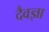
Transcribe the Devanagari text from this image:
दैवज्ञा